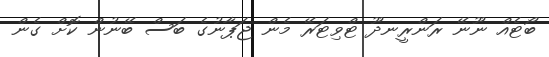
ބޯޓެއް ނޫނޭ ރަންރީނދޫ ޓްވިޓަރޭ މެން ޖަޕާނުގެ ބަސް ބޭނުން ކޮށް ގެން